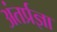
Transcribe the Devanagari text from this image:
अंतर्प्रज्ञा